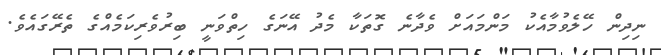
ނިދިން ހޭލެވުމާއެކު މަންމައަށް ވެދާނެ ގޮތަކާ މެދު އޭނަގެ ހިތްވަނީ ބިރުވެރިކަމެއްގެ ތެރޭގައެވެ.